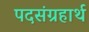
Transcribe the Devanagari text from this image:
पदसंग्रहार्थ